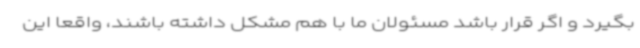
بگیرد و اگر قرار باشد مسئولان ما با هم مشکل داشته باشند، واقعا این